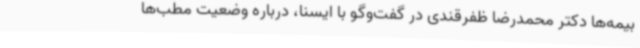
بیمه‌ها دکتر محمدرضا ظفرقندی در گفت‌وگو با ایسنا، درباره وضعیت مطب‌ها